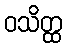
ဝသိတ္ထ